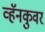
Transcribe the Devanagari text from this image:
व्हॅनकुवर